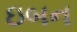
ઇબન